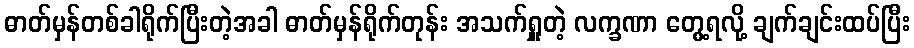
ဓာတ်မှန်တစ်ခါရိုက်ပြီးတဲ့အခါ ဓာတ်မှန်ရိုက်တုန်း အသက်ရှူတဲ့ လက္ခဏာ တွေ့ရလို့ ချက်ချင်းထပ်ပြီး